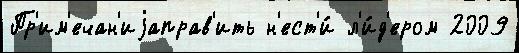
Пр'им'ечан'иjаправ'ить н'ест'и́ л'и́д'ером 2009